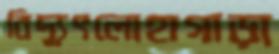
বিদ্যুৎলোহাগাড়া